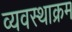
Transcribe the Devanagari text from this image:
व्यवस्थाक्रम